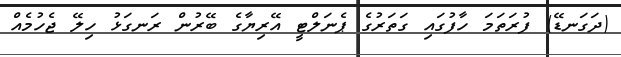
(ދަގަނޑޭ) ފުރަތަމަ ހާފުގައި ގަތަރުގެ ޕެނަލްޓީ އޭރިޔާގެ ބޭރުން ރަނގަޅު ހިލޭ ޖެހުމެއް